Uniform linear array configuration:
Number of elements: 64
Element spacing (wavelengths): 1
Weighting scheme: uniform
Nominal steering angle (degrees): -15
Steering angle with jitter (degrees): -15.806
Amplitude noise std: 0.05
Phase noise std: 0.05

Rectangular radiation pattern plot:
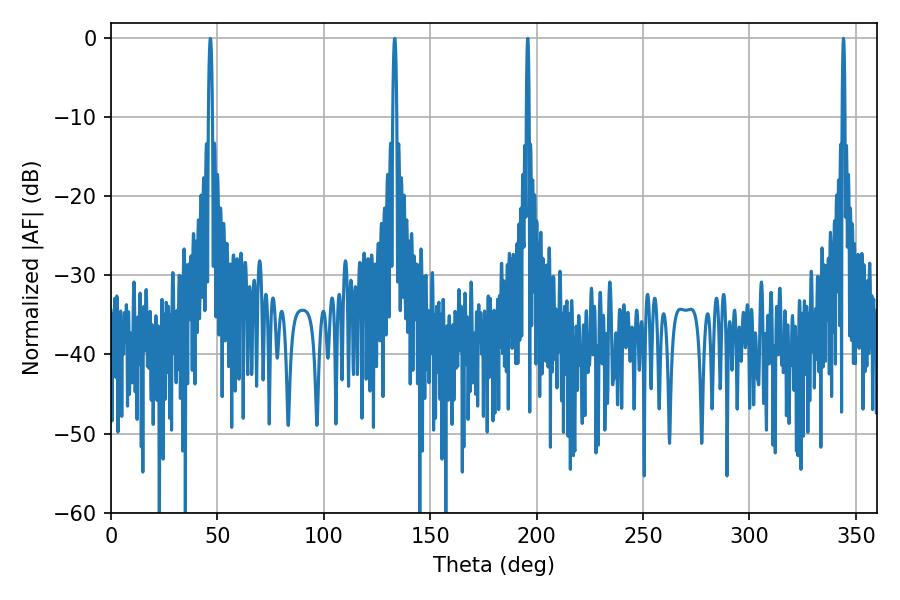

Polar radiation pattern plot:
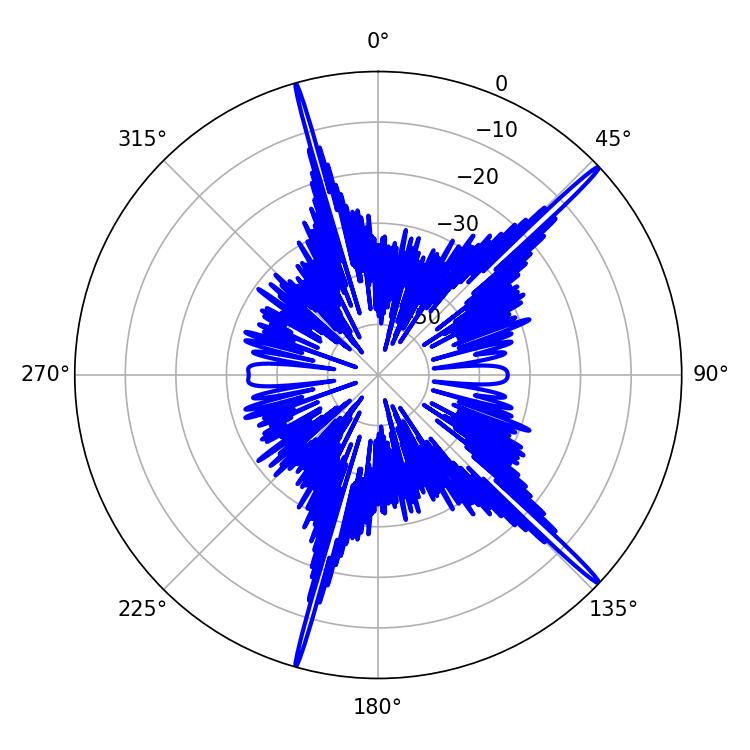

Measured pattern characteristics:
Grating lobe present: TRUE
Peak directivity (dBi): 19.156
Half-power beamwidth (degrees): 0.72
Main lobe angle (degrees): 344.16